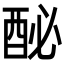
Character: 𨠔